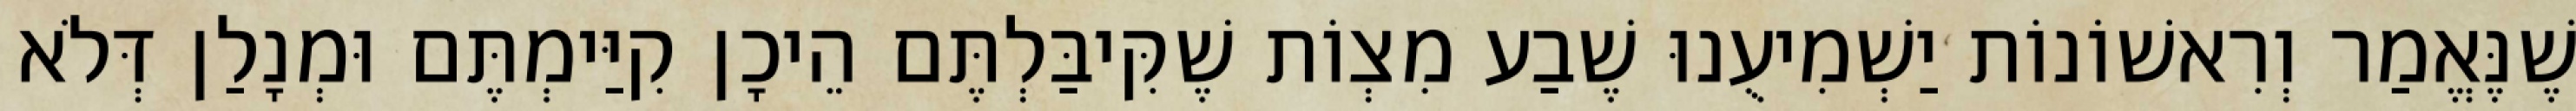
שֶׁנֶּאֱמַר וְרִאשׁוֹנוֹת יַשְׁמִיעֻנוּ שֶׁבַע מִצְוֹת שֶׁקִּיבַּלְתֶּם הֵיכָן קִיַּימְתֶּם וּמְנָלַן דְּלֹא